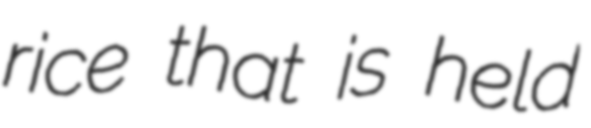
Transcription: rice that is held